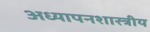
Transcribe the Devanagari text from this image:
अध्यापनशास्त्रीय